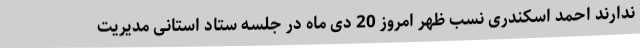
ندارند احمد اسکندری نسب ظهر امروز 20 دی ماه در جلسه ستاد استانی مدیریت